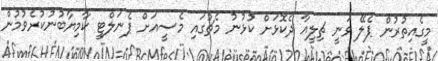
މީގެއިތުރުން ޕެލޭ ވަނީ ޗިލީއާ ދެކޮޅަށް ކުޅުނު މެޗުގައި މެސީއަށް ޕެނަލްޓީ ކާމިޔާބުނުކުރެވުމުން